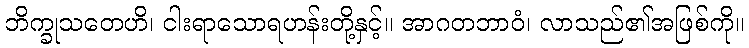
ဘိက္ခုသတေဟိ၊ ငါးရာသောရဟန်းတို့နှင့်။ အာဂတဘာဝံ၊ လာသည်၏အဖြစ်ကို။